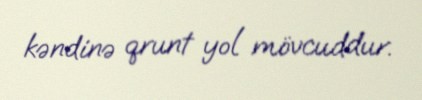
kəndinə qrunt yol mövcuddur.